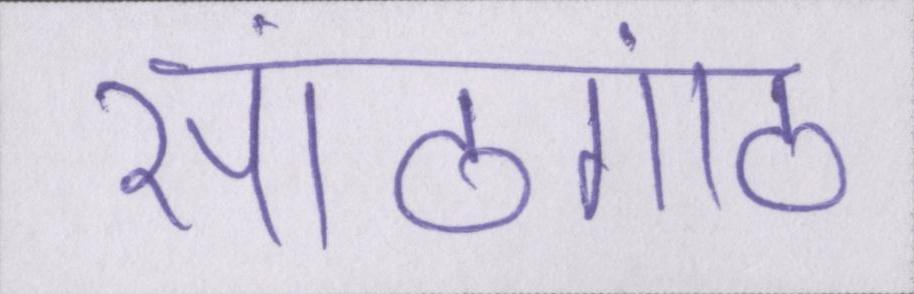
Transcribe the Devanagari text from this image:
सांठगांठ